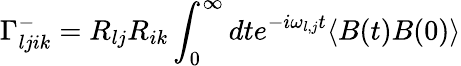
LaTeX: \Gamma_{ljik}^{-}=R_{lj}R_{ik}\int_{0}^{\infty}dte^{-i\omega_{l,j}t}\langle B(t)B(0)\rangle